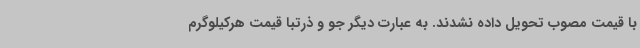
با قیمت مصوب تحویل داده نشدند. به عبارت دیگر جو و ذرتبا قیمت هرکیلوگرم